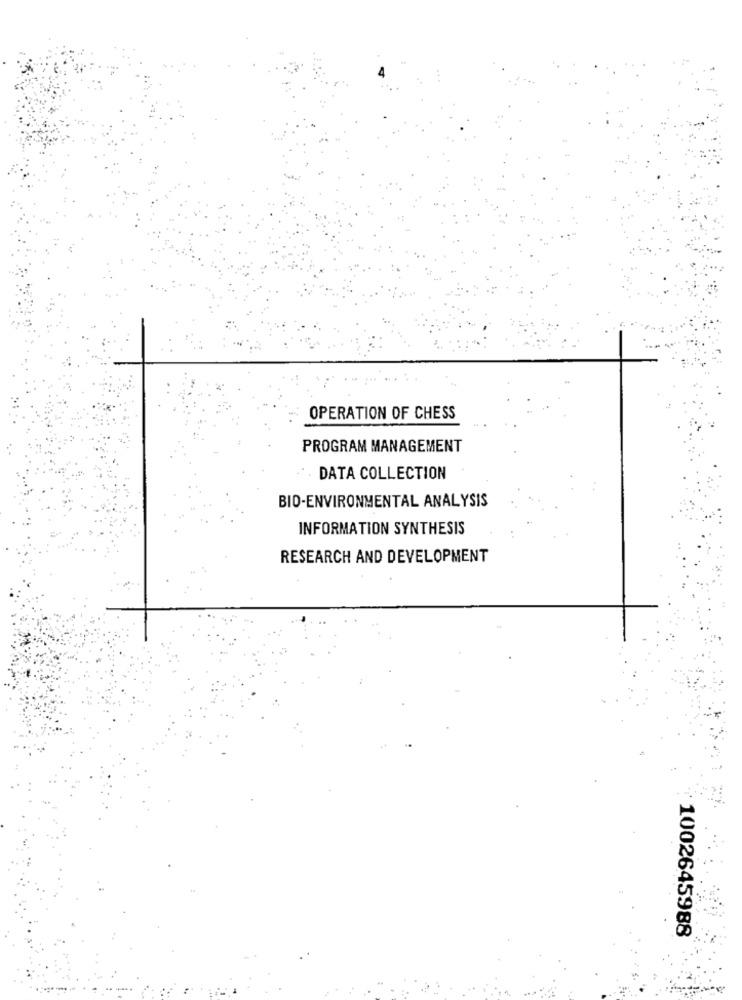
OPERATION OF CHESS
PROGRAM MANAGEMENT
DATA COLLECTION
BIO-ENVIRONMENTAL ANALYSIS
INFORMATION SYNTHESIS
RESEARCH AND DEVELOPMENT
1002645988